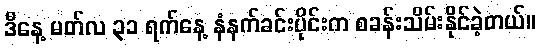
ဒီနေ့ မတ်လ ၃၁ ရက်နေ့ နံနက်ခင်းပိုင်းက စခန်းသိမ်းနိုင်ခဲ့တယ်။